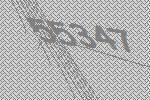
55347